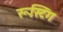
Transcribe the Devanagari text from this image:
रूस्टिंग